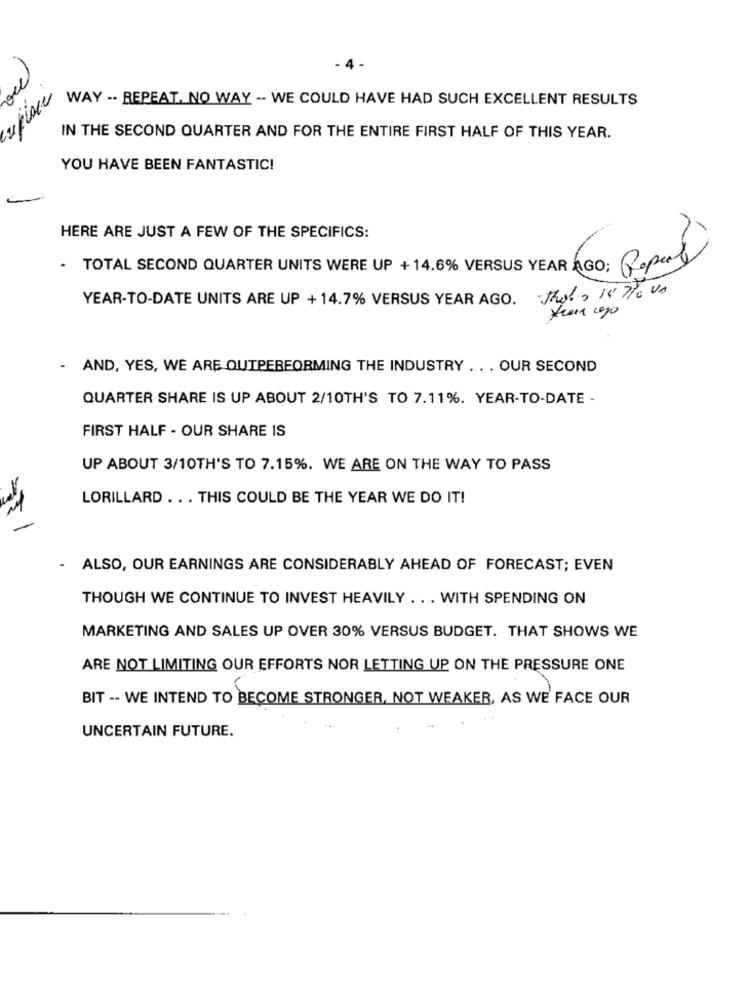
- 4.
WAY -- REPEAT, NO WAY -- WE COULD HAVE HAD SUCH EXCELLENT RESULTS
IN THE SECOND QUARTER AND FOR THE ENTIRE FIRST HALF OF THIS YEAR.
YOU HAVE BEEN FANTASTIC!
HERE ARE JUST A FEW OF THE SPECIFICS:
· TOTAL SECOND QUARTER UNITS WERE UP +14.6% VERSUS YEAR AGO: Rapel
YEAR-TO-DATE UNITS ARE UP +14.7% VERSUS YEAR AGO. Thats 14 /0 VA
*cena cogo
- AND, YES, WE ARE OUTPERFORMING THE INDUSTRY . .. OUR SECOND
QUARTER SHARE IS UP ABOUT 2/10TH'S TO 7.11%. YEAR-TO-DATE -
FIRST HALF - OUR SHARE IS
UP ABOUT 3/10TH'S TO 7.15%. WE ARE ON THE WAY TO PASS
LORILLARD . .. THIS COULD BE THE YEAR WE DO IT!
-
- ALSO, OUR EARNINGS ARE CONSIDERABLY AHEAD OF FORECAST; EVEN
THOUGH WE CONTINUE TO INVEST HEAVILY . . . WITH SPENDING ON
MARKETING AND SALES UP OVER 30% VERSUS BUDGET. THAT SHOWS WE
ARE NOT LIMITING OUR EFFORTS NOR LETTING UP ON THE PRESSURE ONE
BIT -- WE INTEND TO BECOME STRONGER, NOT WEAKER, AS WE FACE OUR
UNCERTAIN FUTURE.